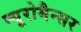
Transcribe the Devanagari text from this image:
न्यूरोमैन्सर